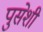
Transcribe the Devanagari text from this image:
पुसेशी